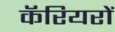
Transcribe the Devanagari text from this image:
कॅरियरों